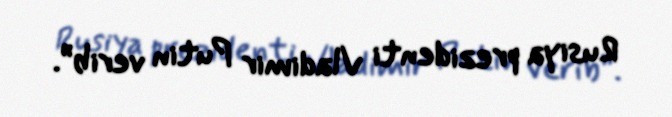
Rusiya prezidenti Vladimir Putin verib”.